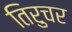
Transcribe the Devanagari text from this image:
तिरुचर